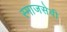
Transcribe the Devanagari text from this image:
स्माजसेवी